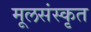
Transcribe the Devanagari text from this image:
मूलसंस्कृत